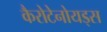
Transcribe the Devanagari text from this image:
कैरोटेनोयड्स